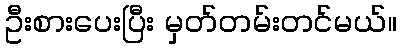
ဦးစားပေးပြီး မှတ်တမ်းတင်မယ်။